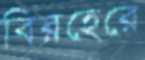
বিরহেরে